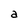
Character: a